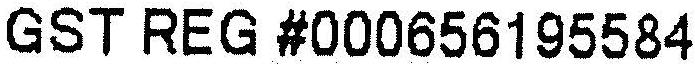
GST REG #000656195584